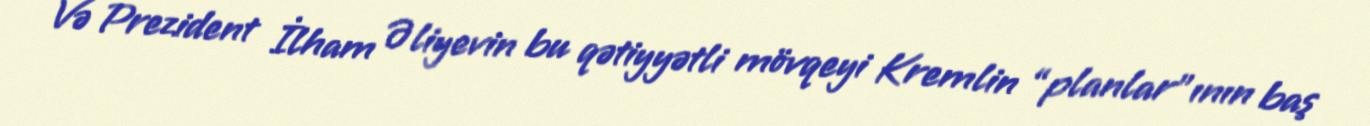
Və Prezident İlham Əliyevin bu qətiyyətli mövqeyi Kremlin “planlar”ının baş